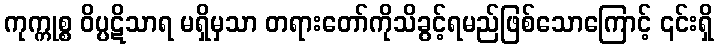
ကုက္ကုစ္စ ဝိပ္ပဋိသာရ မရှိမှသာ တရားတော်ကိုသိခွင့်ရမည်ဖြစ်သောကြောင့် ၎င်းရှိ